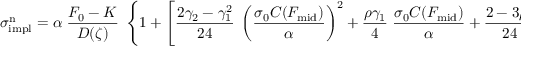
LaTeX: \sigma _ { \mathrm { i m p l } } ^ { \mathrm { n } } = \alpha \; { \frac { F _ { 0 } - K } { D ( \zeta ) } } \; \left\{ 1 + \left[ { \frac { 2 \gamma _ { 2 } - \gamma _ { 1 } ^ { 2 } } { 2 4 } } \; \left( { \frac { \sigma _ { 0 } C ( F _ { \mathrm { m i d } } ) } { \alpha } } \right) ^ { 2 } + { \frac { \rho \gamma _ { 1 } } { 4 } } \; { \frac { \sigma _ { 0 } C ( F _ { \mathrm { m i d } } ) } { \alpha } } + { \frac { 2 - 3 \rho ^ { 2 } } { 2 4 } } \right] \varepsilon \right\} .